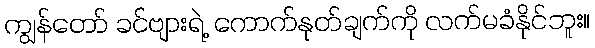
ကျွန်တော် ခင်ဗျားရဲ့ ကောက်နုတ်ချက်ကို လက်မခံနိုင်ဘူး။